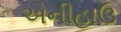
એનીહાઉ